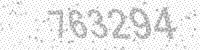
Solution: 763294